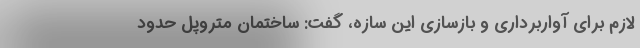
لازم برای آواربرداری و بازسازی این سازه، گفت: ساختمان متروپل حدود